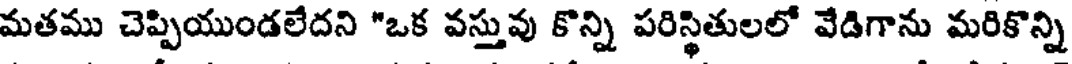
మతము చెప్పియుండలేదని "ఒక వస్తువు కొన్ని పరిస్థితులలో వేడిగాను మరికొన్ని